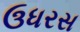
ઉધરસ